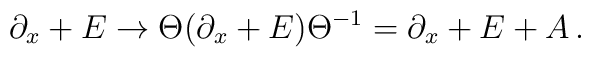
\partial_x + E    \to \Theta (  \partial_x + E )\Theta^{-1} =  \partial_x + E +A \, .